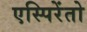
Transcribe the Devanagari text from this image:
एस्पिरेंतो